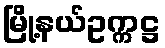
မြို့နယ်ဥက္ကဋ္ဌ